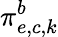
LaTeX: \pi_{e,c,k}^{b}